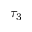
\tau _ { 3 }